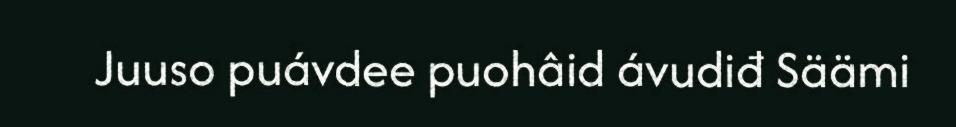
Juuso puávdee puohâid ávudiđ Säämi